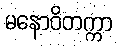
မနောဝိတက္ကာ